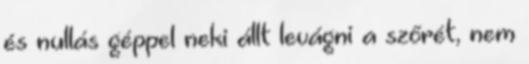
és nullás géppel neki állt levágni a szőrét, nem